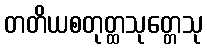
တတိယစတုတ္ထသုတ္တေသု